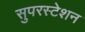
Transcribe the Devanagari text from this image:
सुपरस्टेशन